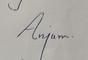
Signature authenticity: genuine